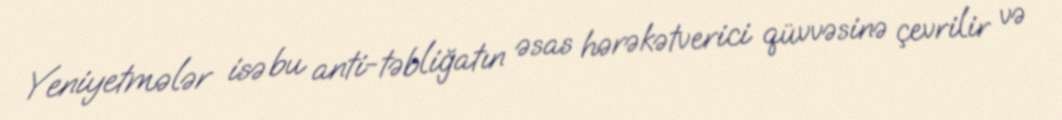
Yeniyetmələr isə bu anti-təbliğatın əsas hərəkətverici qüvvəsinə çevrilir və